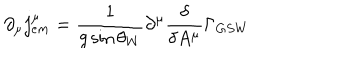
\partial _ { \mu } j _ { e m } ^ { \mu } = \frac 1 { g \sin \theta _ { W } } \partial ^ { \mu } \frac \delta { \delta A ^ { \mu } } \Gamma _ { G S W }